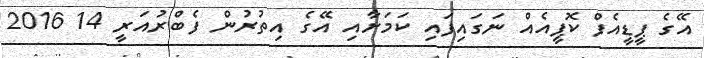
އޭގެ ޕީޑީއެފް ކޮޕީއެއް ނަގައިފައި ކަމަށާއި އޭގެ އިތުރުން ފެބްރުއަރީ 14 2016